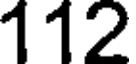
112